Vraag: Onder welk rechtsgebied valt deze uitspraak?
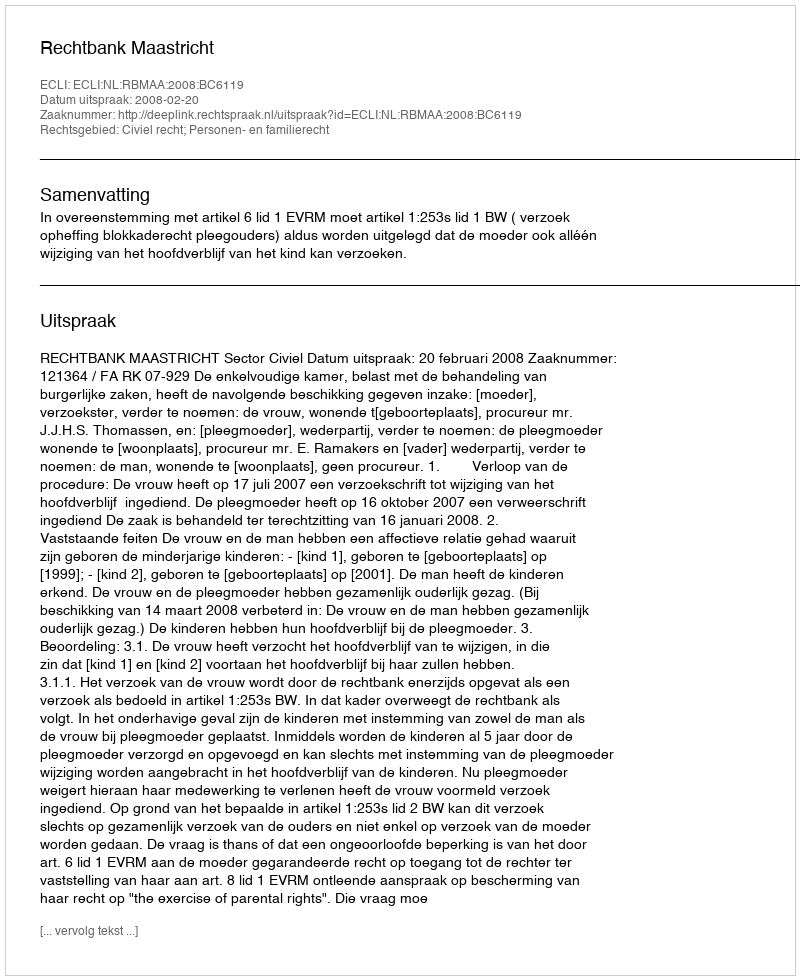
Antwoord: Civiel recht; Personen- en familierecht